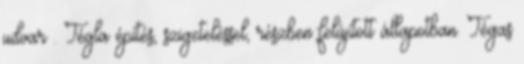
udvar . Tégla építés, szigeteléssel, részben felújított állapotban. Tégas